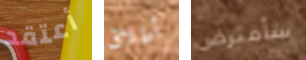
أعتقد أطلاق سأفترض